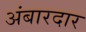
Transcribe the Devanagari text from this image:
अंबारदार